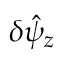
\delta \hat { \psi } _ { z }